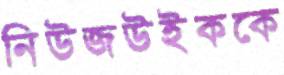
নিউজউইককে